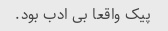
پیک واقعا بی ادب بود.